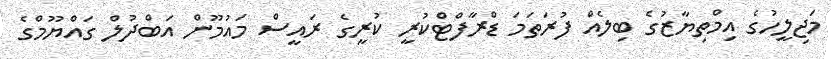
މަޖިލީހުގެ އިމްތިޔާޒުގެ ބިލެއް ފުރަތަމަ ޑްރާފްޓްކުރީ ކުރީގެ ރައީސް މައުމޫން އަބްދުލް ގައްޔޫމްގެ